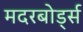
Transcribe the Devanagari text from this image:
मदरबोर्ड्स